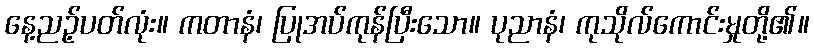
နေ့ညဉ့်ပတ်လုံး။ ကတာနံ၊ ပြုအပ်ကုန်ပြီးသော။ ပုညာနံ၊ ကုသိုလ်ကောင်းမှုတို့၏။